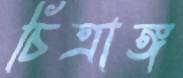
চিত্রাঙ্গ